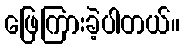
ဖြေကြားခဲ့ပါတယ်။